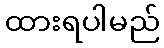
ထားရပါမည်